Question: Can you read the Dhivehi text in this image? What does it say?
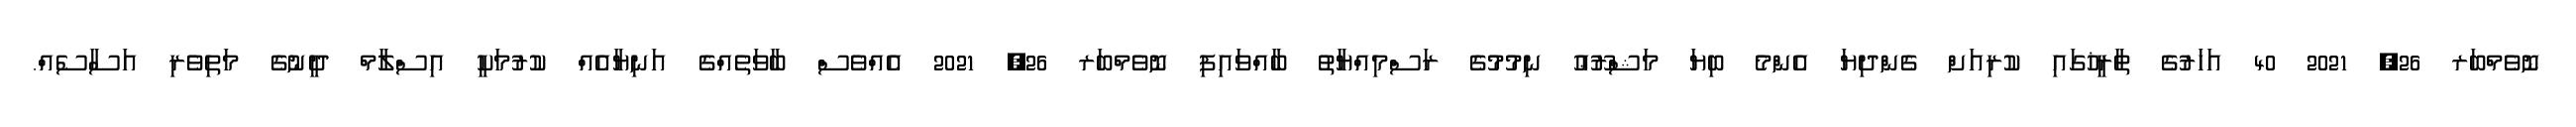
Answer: ނޮވެމްބަރ 26, 2021 40 އަހަރުގެ ތާރީޚުގައި ކުރިއަށް ގެންދިޔަ އެންމެ ބިޔަ މަޝްރޫޢު ނިމުމުގެ ރަސްމިއްޔާތު ބާއްވައިފި ނޮވެމްބަރ 26, 2021 އެއްވެސް ބާވަތެއްގެ އަނިޔާއެއް ކުރުމަކީ އިސްލާމް ދީނުގެ މަތިވެރި އަސާސެއް.